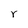
Character: r